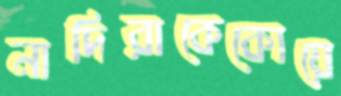
নাদিরাকেকোয়ে